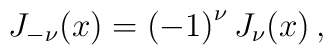
J_{-\nu }(x)=\left( -1\right) ^{\nu }J_{\nu }(x)\,,